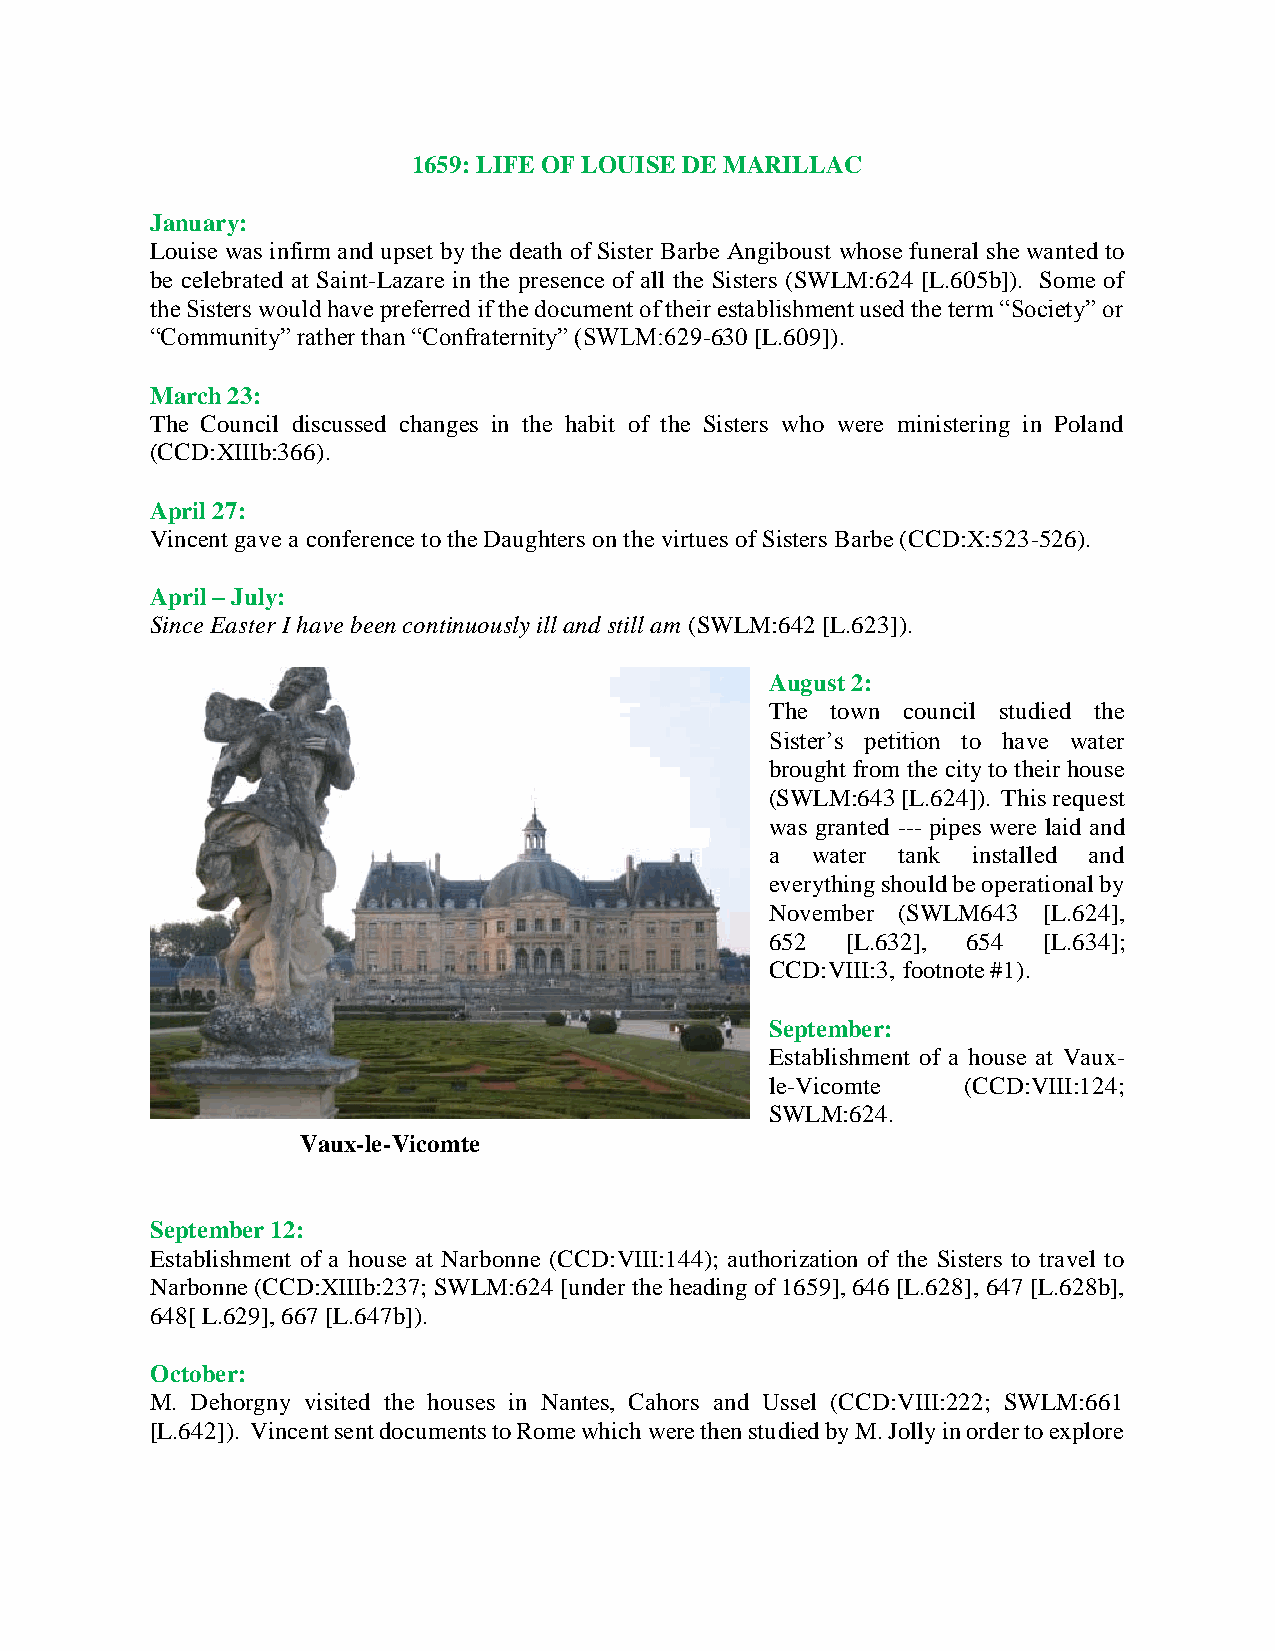
1659: LIFE OF LOUISE DE MARILLAC
 January:
 Louise was infirm and upset by the death of Sister Barbe Angiboust whose funeral she wanted to
 be celebrated at Saint-Lazare in the presence of all the Sisters (SWLM:624 [L.605b]). Some of
 the Sisters would have preferred if the document of their establishment used the term “Society” or
 “Community” rather than “Confraternity” (SWLM:629-630 [L.609]).
 March 23:
 The Council discussed changes in the habit of the Sisters who were ministering in Poland
 (CCD:XIIIb:366).
 April 27:
 Vincent gave a conference to the Daughters on the virtues of Sisters Barbe (CCD:X:523-526).
 April – July:
 Since Easter I have been continuously ill and still am (SWLM:642 [L.623]).
 August 2:
 The town council studied the
 Sister’s petition to have water
 brought from the city to their house
 (SWLM:643 [L.624]). This request
 was granted --- pipes were laid and
 a  water tank installed and
 everything should be operational by
 November (SWLM643 [L.624],
 652  [L.632], 654 [L.634];
 CCD:VIII:3, footnote #1).
 September:
 Establishment of a house at Vaux-
 le-Vicomte   (CCD:VIII:124;
 SWLM:624.
 Vaux-le-Vicomte
 September 12:
 Establishment of a house at Narbonne (CCD:VIII:144); authorization of the Sisters to travel to
 Narbonne (CCD:XIIIb:237; SWLM:624 [under the heading of 1659], 646 [L.628], 647 [L.628b],
 648[ L.629], 667 [L.647b]).
 October:
 M. Dehorgny visited the houses in Nantes, Cahors and Ussel (CCD:VIII:222; SWLM:661
 [L.642]). Vincent sent documents to Rome which were then studied by M. Jolly in order to explore